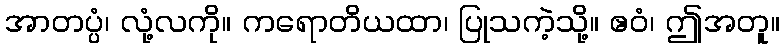
အာတပ္ပံ၊ လုံ့လကို။ ကရောတိယထာ၊ ပြုသကဲ့သို့။ ဧဝံ၊ ဤအတူ။